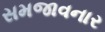
સમજાવનાર